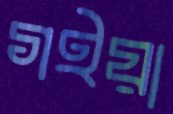
গইয়া